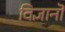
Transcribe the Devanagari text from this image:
विज्ञानॊं